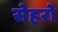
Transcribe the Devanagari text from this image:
सेहरो